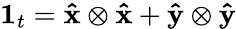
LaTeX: \mathbf{1}_{t}=\mathbf{\hat{x}}\otimes\mathbf{\hat{x}}+\mathbf{\hat{y}}\otimes\mathbf{\hat{y}}